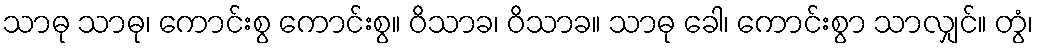
သာဓု သာဓု၊ ကောင်းစွ ကောင်းစွ။ ဝိသာခ၊ ဝိသာခ။ သာဓု ခေါ၊ ကောင်းစွာ သာလျှင်။ တွံ၊